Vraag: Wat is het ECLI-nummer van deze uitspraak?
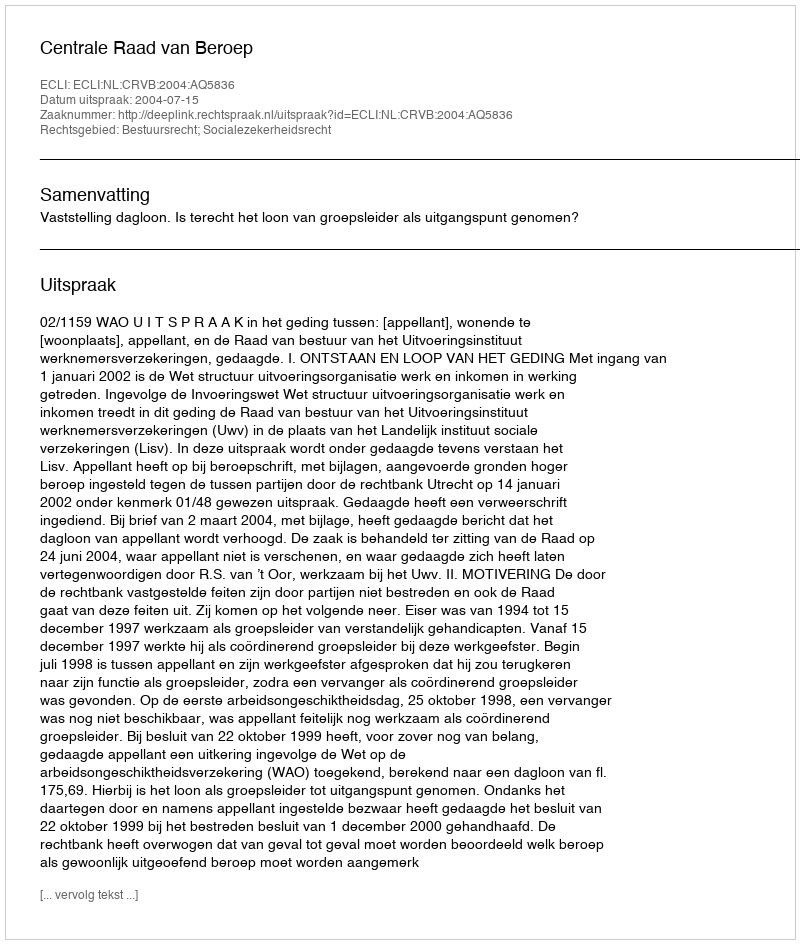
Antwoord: ECLI:NL:CRVB:2004:AQ5836